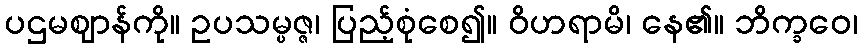
ပဌမဈာန်ကို။ ဥပသမ္ပဇ္ဇ၊ ပြည့်စုံစေ၍။ ဝိဟရာမိ၊ နေ၏။ ဘိက္ခဝေ၊